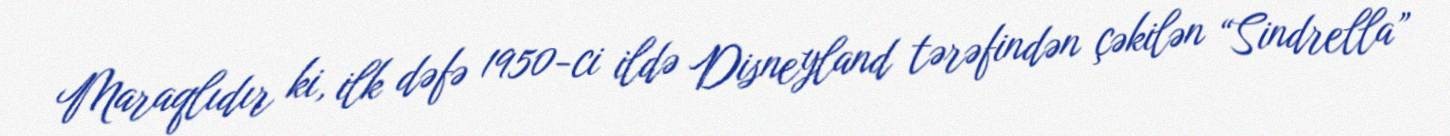
Maraqlıdır ki, ilk dəfə 1950-ci ildə Disneyland tərəfindən çəkilən “Sindrella”